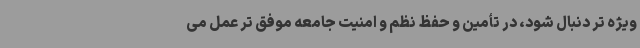
ویژه تر دنبال شود، در تأمین و حفظ نظم و امنیت جامعه موفق تر عمل می